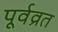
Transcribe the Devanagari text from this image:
पूर्वव्रत